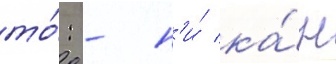
то́: - н'и́ ка́н